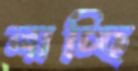
লাচ্ছি